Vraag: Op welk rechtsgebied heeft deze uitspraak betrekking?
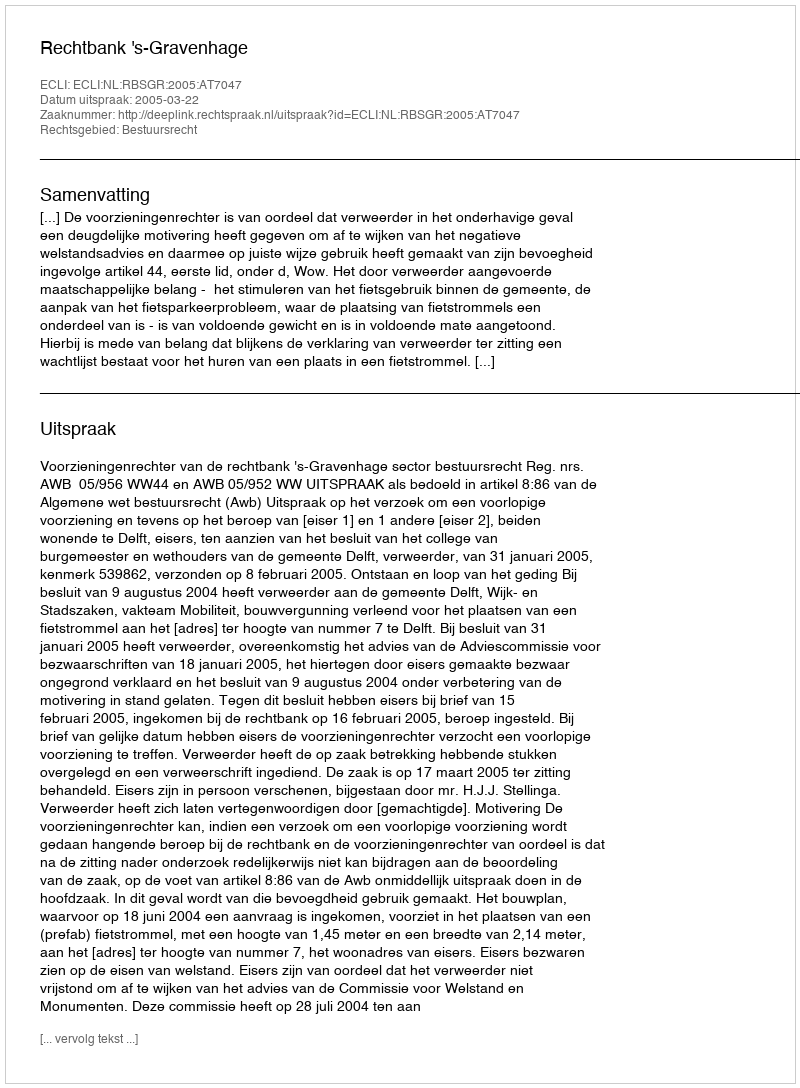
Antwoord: Bestuursrecht